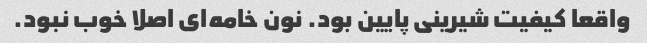
واقعا کیفیت شیرینی پایین بود. نون خامه‌ای اصلا خوب نبود.